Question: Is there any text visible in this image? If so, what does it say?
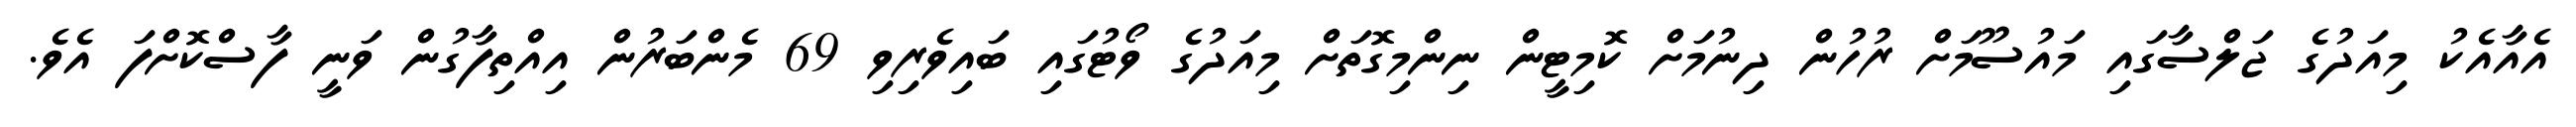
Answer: އެއާއެކު މިއަދުގެ ޖަލްސާގައި މައުސޫމަށް ރުހުން ދިނުމަށް ކޮމިޓީން ނިންމިގޮތަށް މިއަދުގެ ވޯޓުގައި ބައިވެރިވި 69 މެންބަރުން އިއްތިފާގުން ވަނީ ފާސްކޮށްފަ އެވެ.